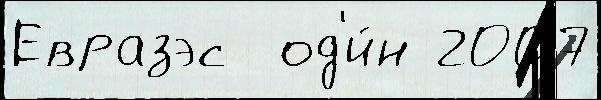
Евразэс  од'и́н 2007